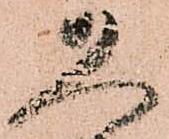
久